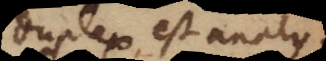
Duplex est analysis,